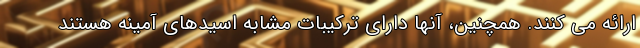
ارائه می کنند. همچنین، آنها دارای ترکیبات مشابه اسیدهای آمینه هستند